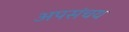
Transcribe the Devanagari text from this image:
अपसंचय